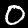
Digit: 0